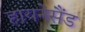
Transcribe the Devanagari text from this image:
हायनेसैंड